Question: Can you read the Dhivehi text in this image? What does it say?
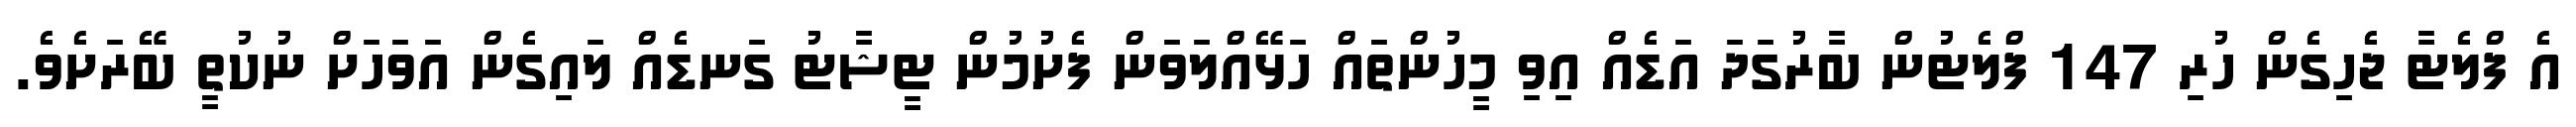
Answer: އެ ފްލެޓާ ޖެހިގެން ހުރި 147 ފްލެޓުން ބާރުގަދަ އަޑެއް އިވި މީހުންތައް ހަޅޭއްލަވަން ފެށުމުން ޓީޝާޓު ގަނޑެއް ލައިގެން އަވަހަށް ނުކުތީ ބޭރަށެވެ.